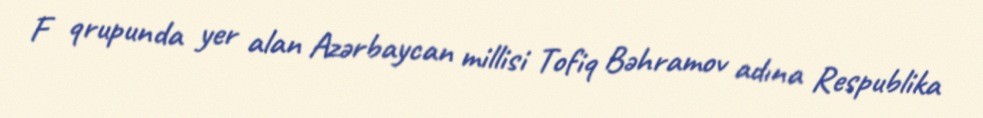
F qrupunda yer alan Azərbaycan millisi Tofiq Bəhramov adına Respublika